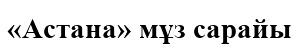
«Астана» мұз сарайы